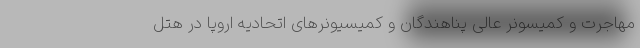
مهاجرت و کمیسونر عالی پناهندگان و کمیسیونرهای اتحادیه اروپا در هتل